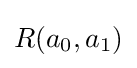
R(a_{0},a_{1})